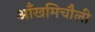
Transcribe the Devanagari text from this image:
आँखमिचौली